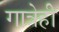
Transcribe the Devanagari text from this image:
गात्रेही